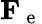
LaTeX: \mathbf{F_{\mathrm{~e~}}}